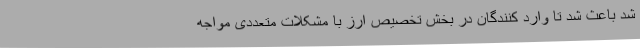
شد باعث شد تا وارد کنندگان در بخش تخصیص ارز با مشکلات متعددی مواجه